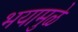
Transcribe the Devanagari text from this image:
भयामुळे